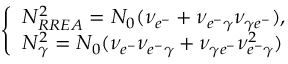
\left\{ \begin{array} { l l } { N _ { R R E A } ^ { 2 } = N _ { 0 } ( \nu _ { e ^ { - } } + \nu _ { e ^ { - } \gamma } \nu _ { \gamma e ^ { - } } ) , } \\ { N _ { \gamma } ^ { 2 } = N _ { 0 } ( \nu _ { e ^ { - } } \nu _ { e ^ { - } \gamma } + \nu _ { \gamma e ^ { - } } \nu _ { e ^ { - } \gamma } ^ { 2 } ) } \end{array} \right.